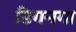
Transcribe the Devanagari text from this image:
डिगनगा